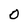
Character: 0